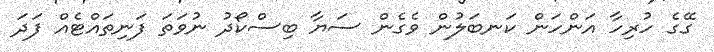
ގޭގެ ހުރިހާ އަންހަން ކަނބަލުން ވެގެން ސަޔާ ބިސްކޯދު ނުވަތަ ފަނިތައްޓެއް ފަދަ